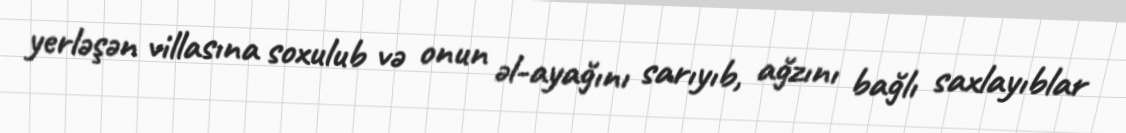
yerləşən villasına soxulub və onun əl-ayağını sarıyıb, ağzını bağlı saxlayıblar